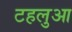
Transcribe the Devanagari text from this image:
टहलुआ